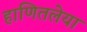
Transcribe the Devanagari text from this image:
हाणितलेया